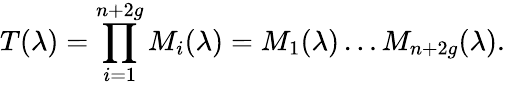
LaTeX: T(\lambda)=\prod_{i=1}^{n+2g}{M_{i}(\lambda)}=M_{1}(\lambda)\dots M_{n+2g}(\lambda).